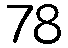
78